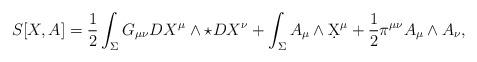
LaTeX: \begin{align*}S[X,A]=\frac{1}{2}\int_{\Sigma}G_{\mu\nu}DX^\mu\wedge \star DX^\nu+\int_{\Sigma}A_\mu\wedge \d X^\mu+\frac{1}{2}\pi^{\mu\nu}A_\mu\wedge A_\nu,\end{align*}